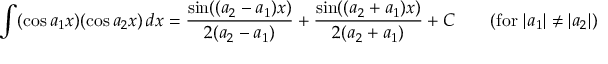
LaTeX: \int ( \cos a _ { 1 } x ) ( \cos a _ { 2 } x ) \, d x = { \frac { \sin ( ( a _ { 2 } - a _ { 1 } ) x ) } { 2 ( a _ { 2 } - a _ { 1 } ) } } + { \frac { \sin ( ( a _ { 2 } + a _ { 1 } ) x ) } { 2 ( a _ { 2 } + a _ { 1 } ) } } + C \qquad { \mathrm { ( f o r ~ } } | a _ { 1 } | \neq | a _ { 2 } | { \mathrm { ) } }